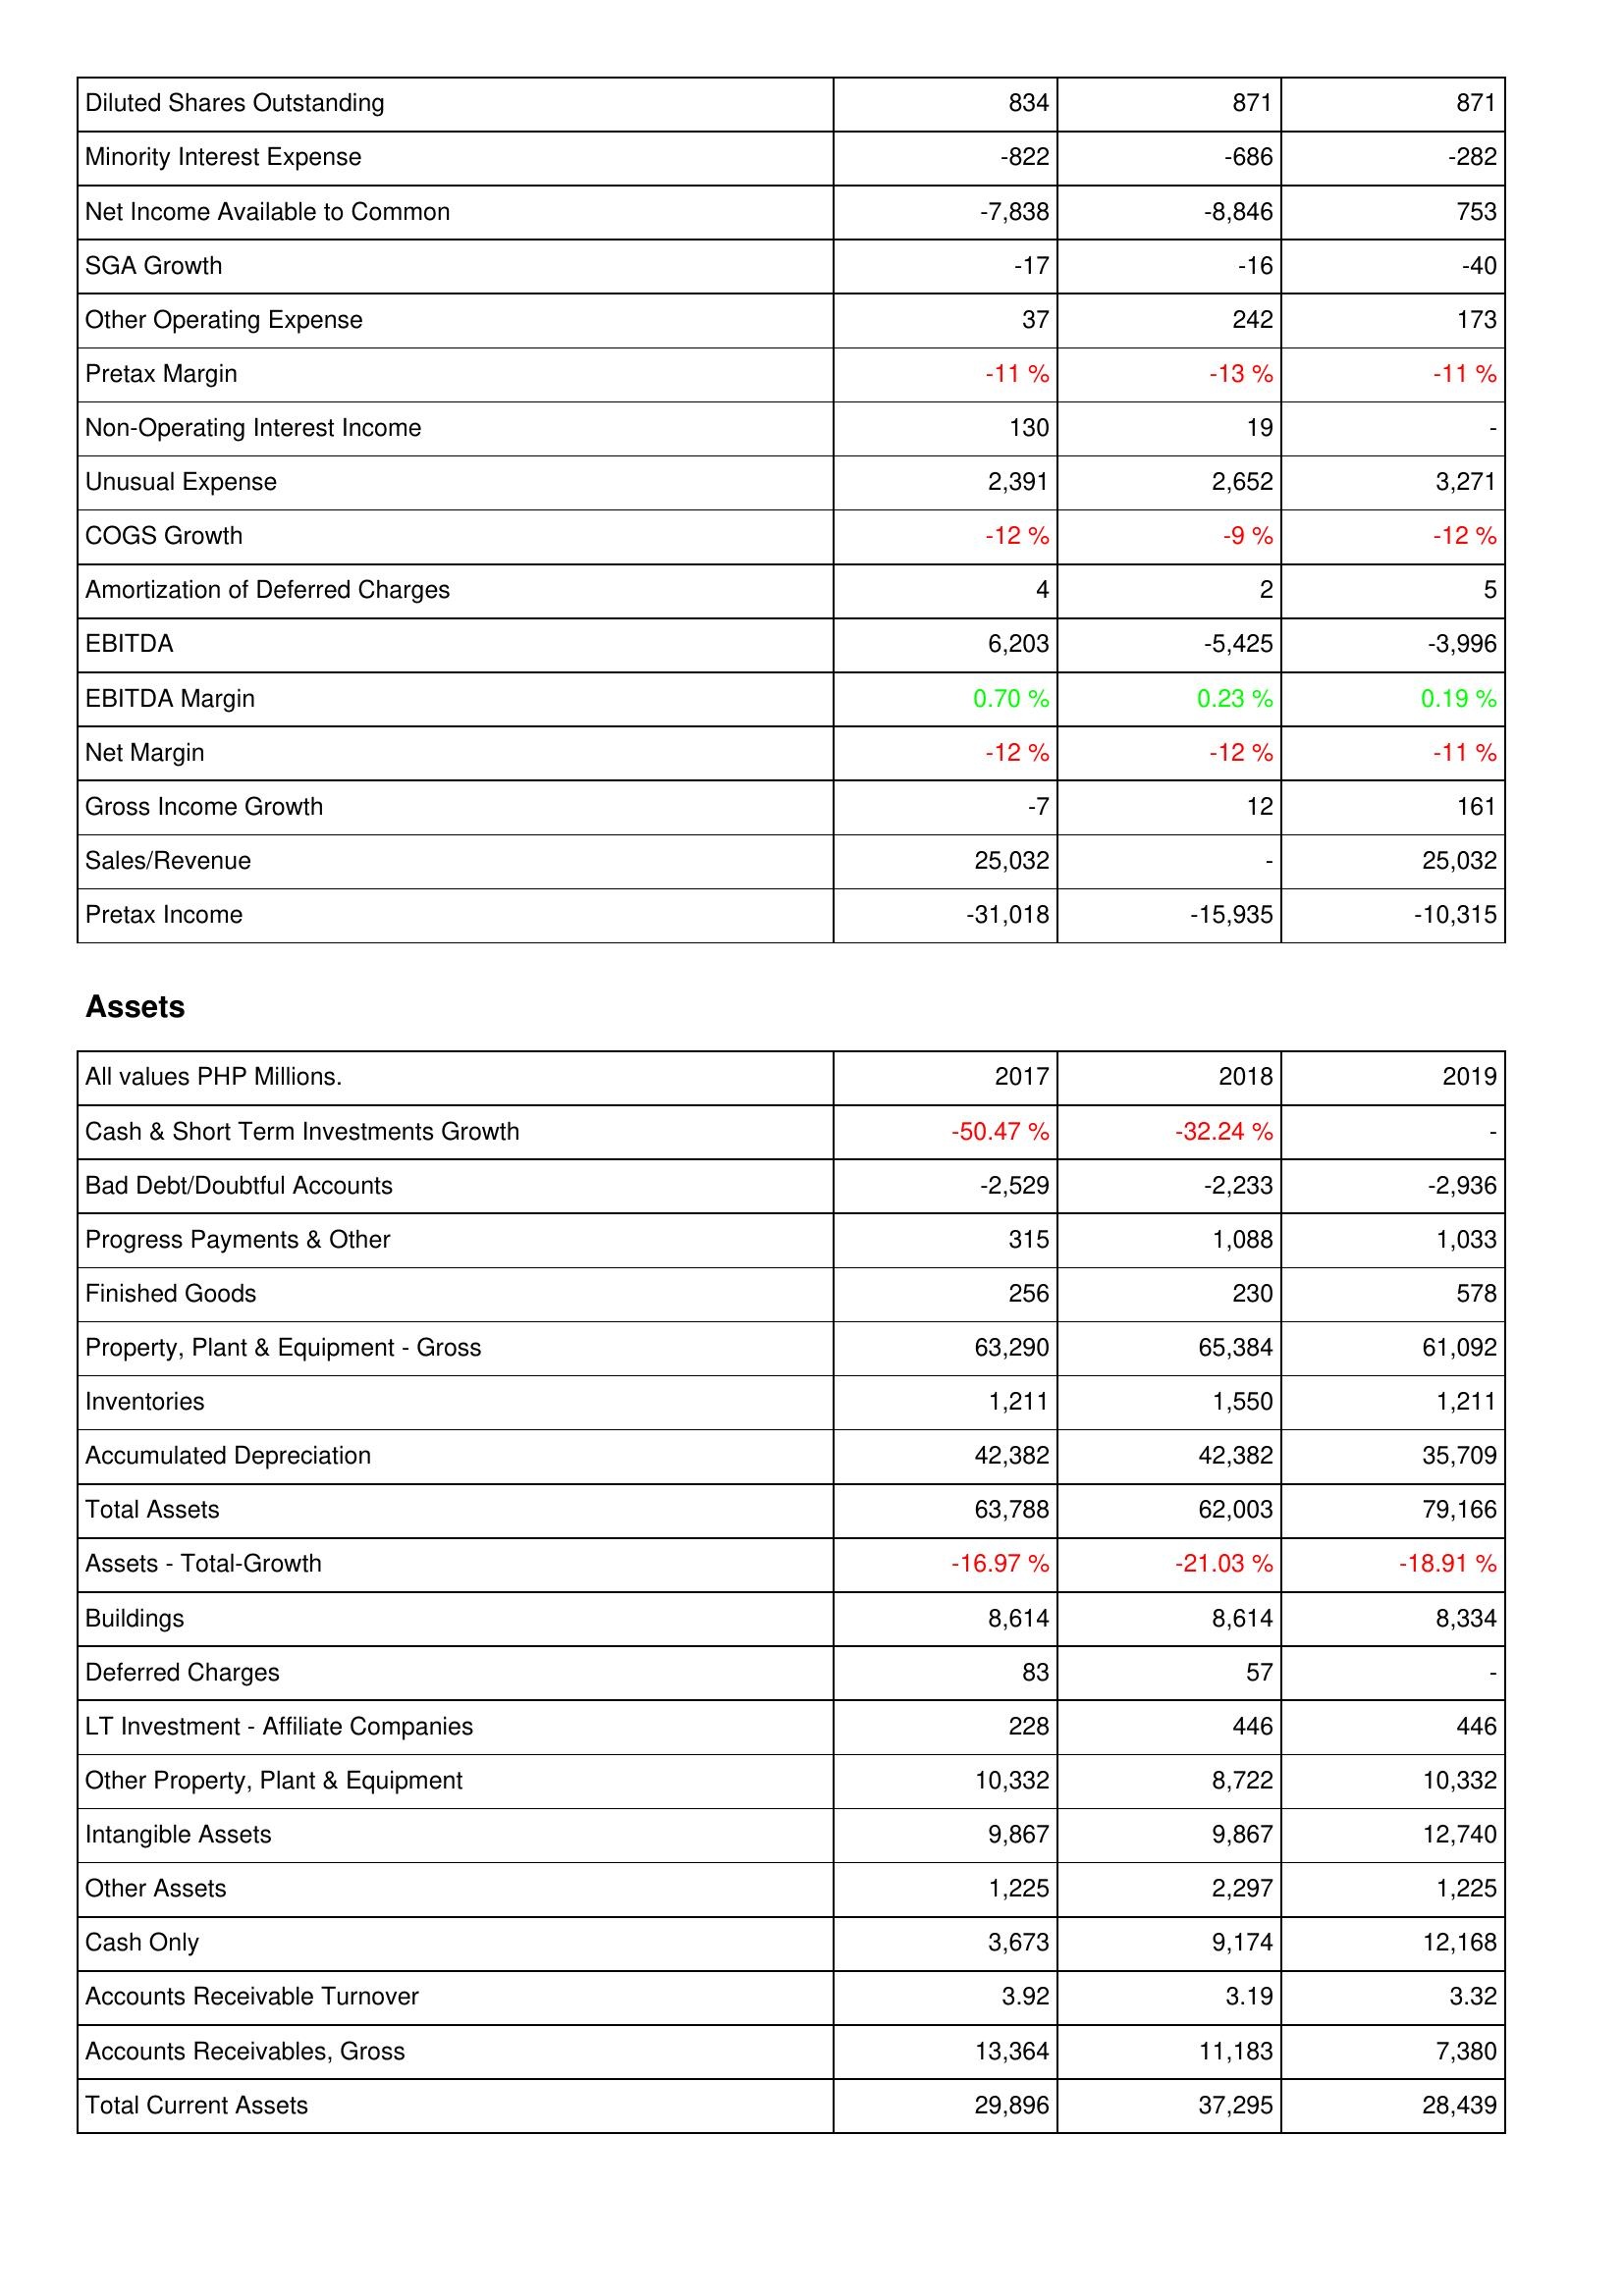
2017: Income Statement: Diluted Shares Outstanding: 834
Minority Interest Expense: -822
Net Income Available to Common: -7,838
SGA Growth: -17
Other Operating Expense: 37
Pretax Margin: -11 %
Non-Operating Interest Income: 130
Unusual Expense: 2,391
COGS Growth: -12 %
Amortization of Deferred Charges: 4
EBITDA: 6,203
EBITDA Margin: 0.70 %
Net Margin: -12 %
Gross Income Growth: -7
Sales/Revenue: 25,032
Pretax Income: -31,018
Assets: Cash & Short Term Investments Growth: -50.47 %
Bad Debt/Doubtful Accounts: -2,529
Progress Payments & Other: 315
Finished Goods: 256
Property, Plant & Equipment - Gross: 63,290
Inventories: 1,211
Accumulated Depreciation: 42,382
Total Assets: 63,788
Assets - Total-Growth: -16.97 %
Buildings: 8,614
Deferred Charges: 83
LT Investment - Affiliate Companies: 228
Other Property, Plant & Equipment: 10,332
Intangible Assets: 9,867
Other Assets: 1,225
Cash Only: 3,673
Accounts Receivable Turnover: 3.92
Accounts Receivables, Gross: 13,364
Total Current Assets: 29,896
2018: Income Statement: Diluted Shares Outstanding: 871
Minority Interest Expense: -686
Net Income Available to Common: -8,846
SGA Growth: -16
Other Operating Expense: 242
Pretax Margin: -13 %
Non-Operating Interest Income: 19
Unusual Expense: 2,652
COGS Growth: -9 %
Amortization of Deferred Charges: 2
EBITDA: -5,425
EBITDA Margin: 0.23 %
Net Margin: -12 %
Gross Income Growth: 12
Sales/Revenue: -
Pretax Income: -15,935
Assets: Cash & Short Term Investments Growth: -32.24 %
Bad Debt/Doubtful Accounts: -2,233
Progress Payments & Other: 1,088
Finished Goods: 230
Property, Plant & Equipment - Gross: 65,384
Inventories: 1,550
Accumulated Depreciation: 42,382
Total Assets: 62,003
Assets - Total-Growth: -21.03 %
Buildings: 8,614
Deferred Charges: 57
LT Investment - Affiliate Companies: 446
Other Property, Plant & Equipment: 8,722
Intangible Assets: 9,867
Other Assets: 2,297
Cash Only: 9,174
Accounts Receivable Turnover: 3.19
Accounts Receivables, Gross: 11,183
Total Current Assets: 37,295
2019: Income Statement: Diluted Shares Outstanding: 871
Minority Interest Expense: -282
Net Income Available to Common: 753
SGA Growth: -40
Other Operating Expense: 173
Pretax Margin: -11 %
Non-Operating Interest Income: -
Unusual Expense: 3,271
COGS Growth: -12 %
Amortization of Deferred Charges: 5
EBITDA: -3,996
EBITDA Margin: 0.19 %
Net Margin: -11 %
Gross Income Growth: 161
Sales/Revenue: 25,032
Pretax Income: -10,315
Assets: Cash & Short Term Investments Growth: -
Bad Debt/Doubtful Accounts: -2,936
Progress Payments & Other: 1,033
Finished Goods: 578
Property, Plant & Equipment - Gross: 61,092
Inventories: 1,211
Accumulated Depreciation: 35,709
Total Assets: 79,166
Assets - Total-Growth: -18.91 %
Buildings: 8,334
Deferred Charges: -
LT Investment - Affiliate Companies: 446
Other Property, Plant & Equipment: 10,332
Intangible Assets: 12,740
Other Assets: 1,225
Cash Only: 12,168
Accounts Receivable Turnover: 3.32
Accounts Receivables, Gross: 7,380
Total Current Assets: 28,439